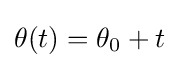
\theta (t)=\theta _{0}+t